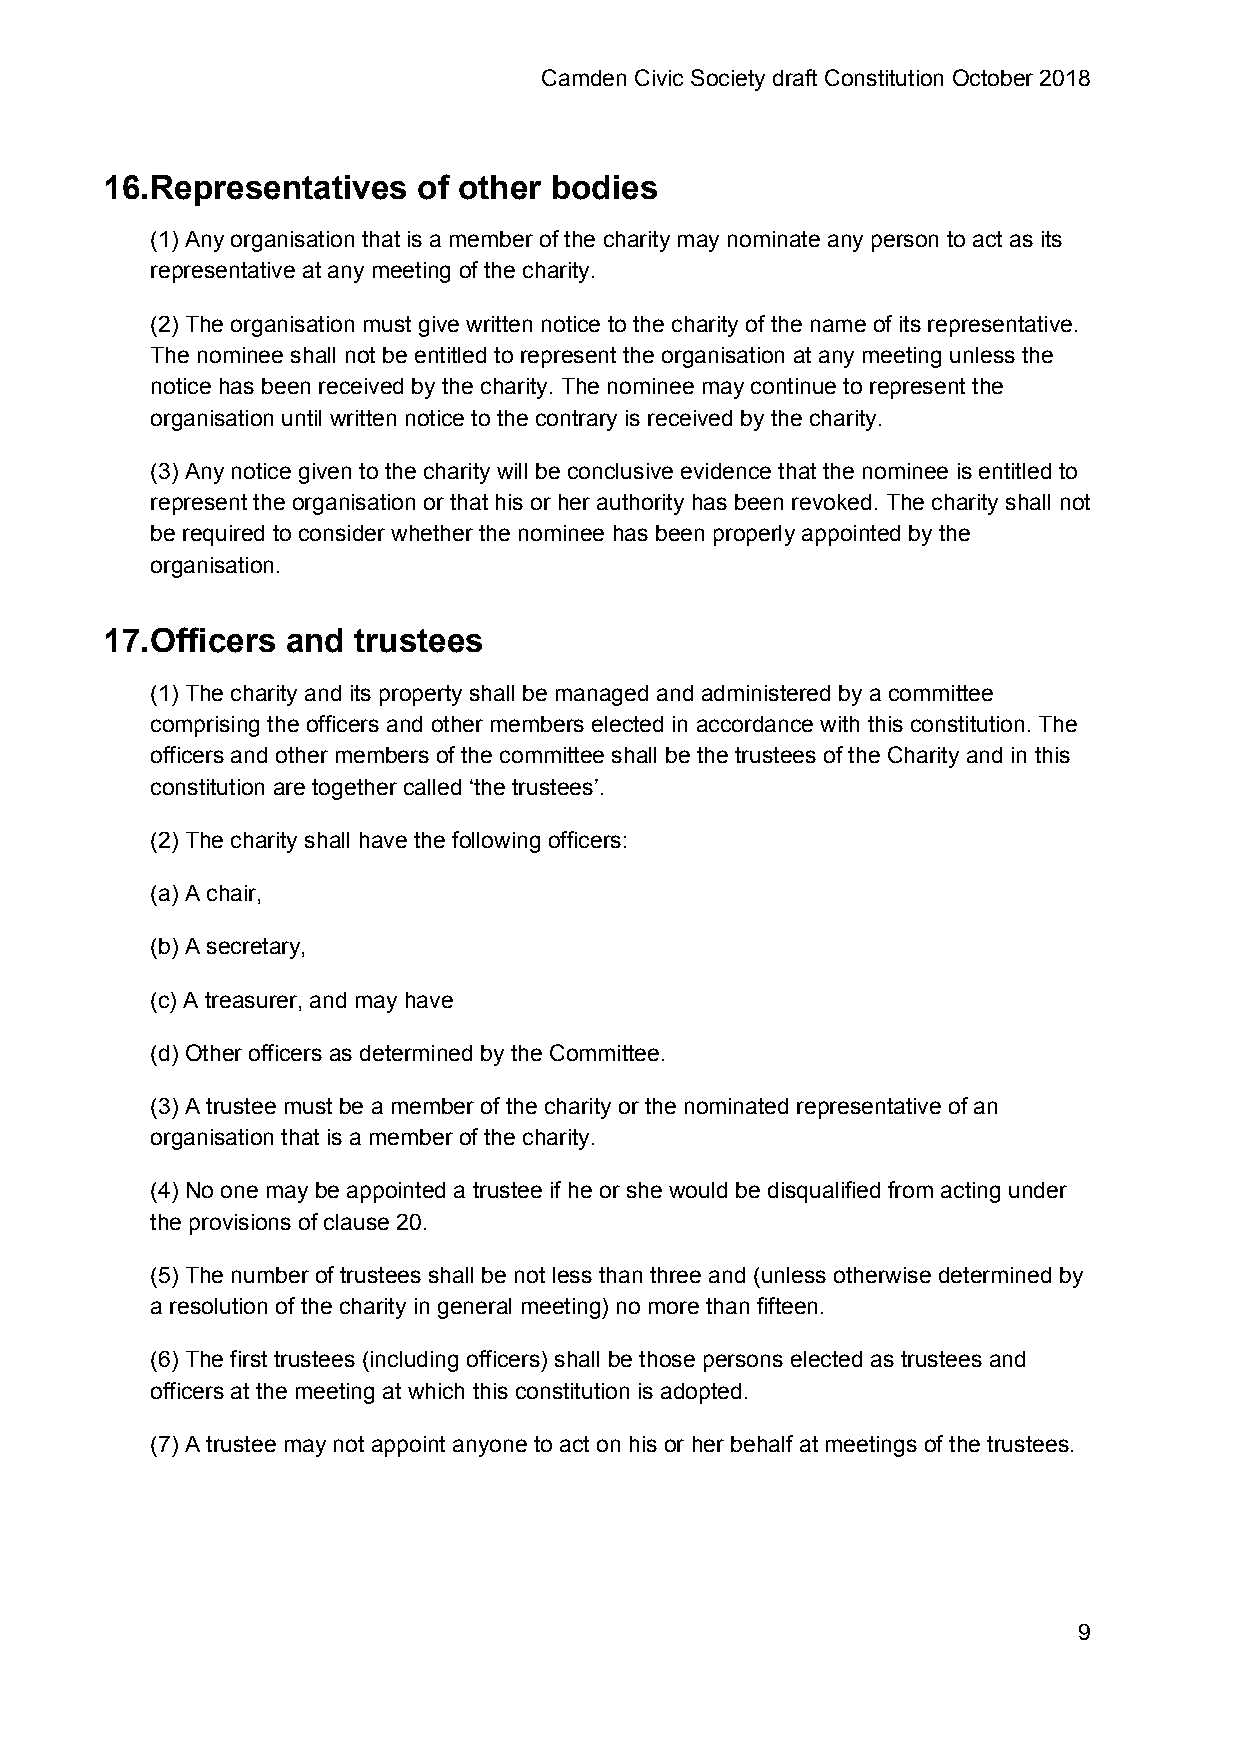
Camden Civic Society draft Constitution October 2018
 16.Representatives   of other bodies
 (1) Any organisation that is a member of the charity may nominate any person to act as its
 representative at any meeting of the charity.
 (2) The organisation must give written notice to the charity of the name of its representative.
 The nominee shall not be entitled to represent the organisation at any meeting unless the
 notice has been received by the charity. The nominee may continue to represent the
 organisation until written notice to the contrary is received by the charity.
 (3) Any notice given to the charity will be conclusive evidence that the nominee is entitled to
 represent the organisation or that his or her authority has been revoked. The charity shall not
 be required to consider whether the nominee has been properly appointed by the
 organisation.
 17.Officers and trustees
 (1) The charity and its property shall be managed and administered by a committee
 comprising the officers and other members elected in accordance with this constitution. The
 officers and other members of the committee shall be the trustees of the Charity and in this
 constitution are together called ‘the trustees’.
 (2) The charity shall have the following officers:
 (a) A chair,
 (b) A secretary,
 (c) A treasurer, and may have
 (d) Other officers as determined by the Committee.
 (3) A trustee must be a member of the charity or the nominated representative of an
 organisation that is a member of the charity.
 (4) No one may be appointed a trustee if he or she would be disqualified from acting under
 the provisions of clause 20.
 (5) The number of trustees shall be not less than three and (unless otherwise determined by
 a resolution of the charity in general meeting) no more than fifteen.
 (6) The first trustees (including officers) shall be those persons elected as trustees and
 officers at the meeting at which this constitution is adopted.
 (7) A trustee may not appoint anyone to act on his or her behalf at meetings of the trustees.
 9